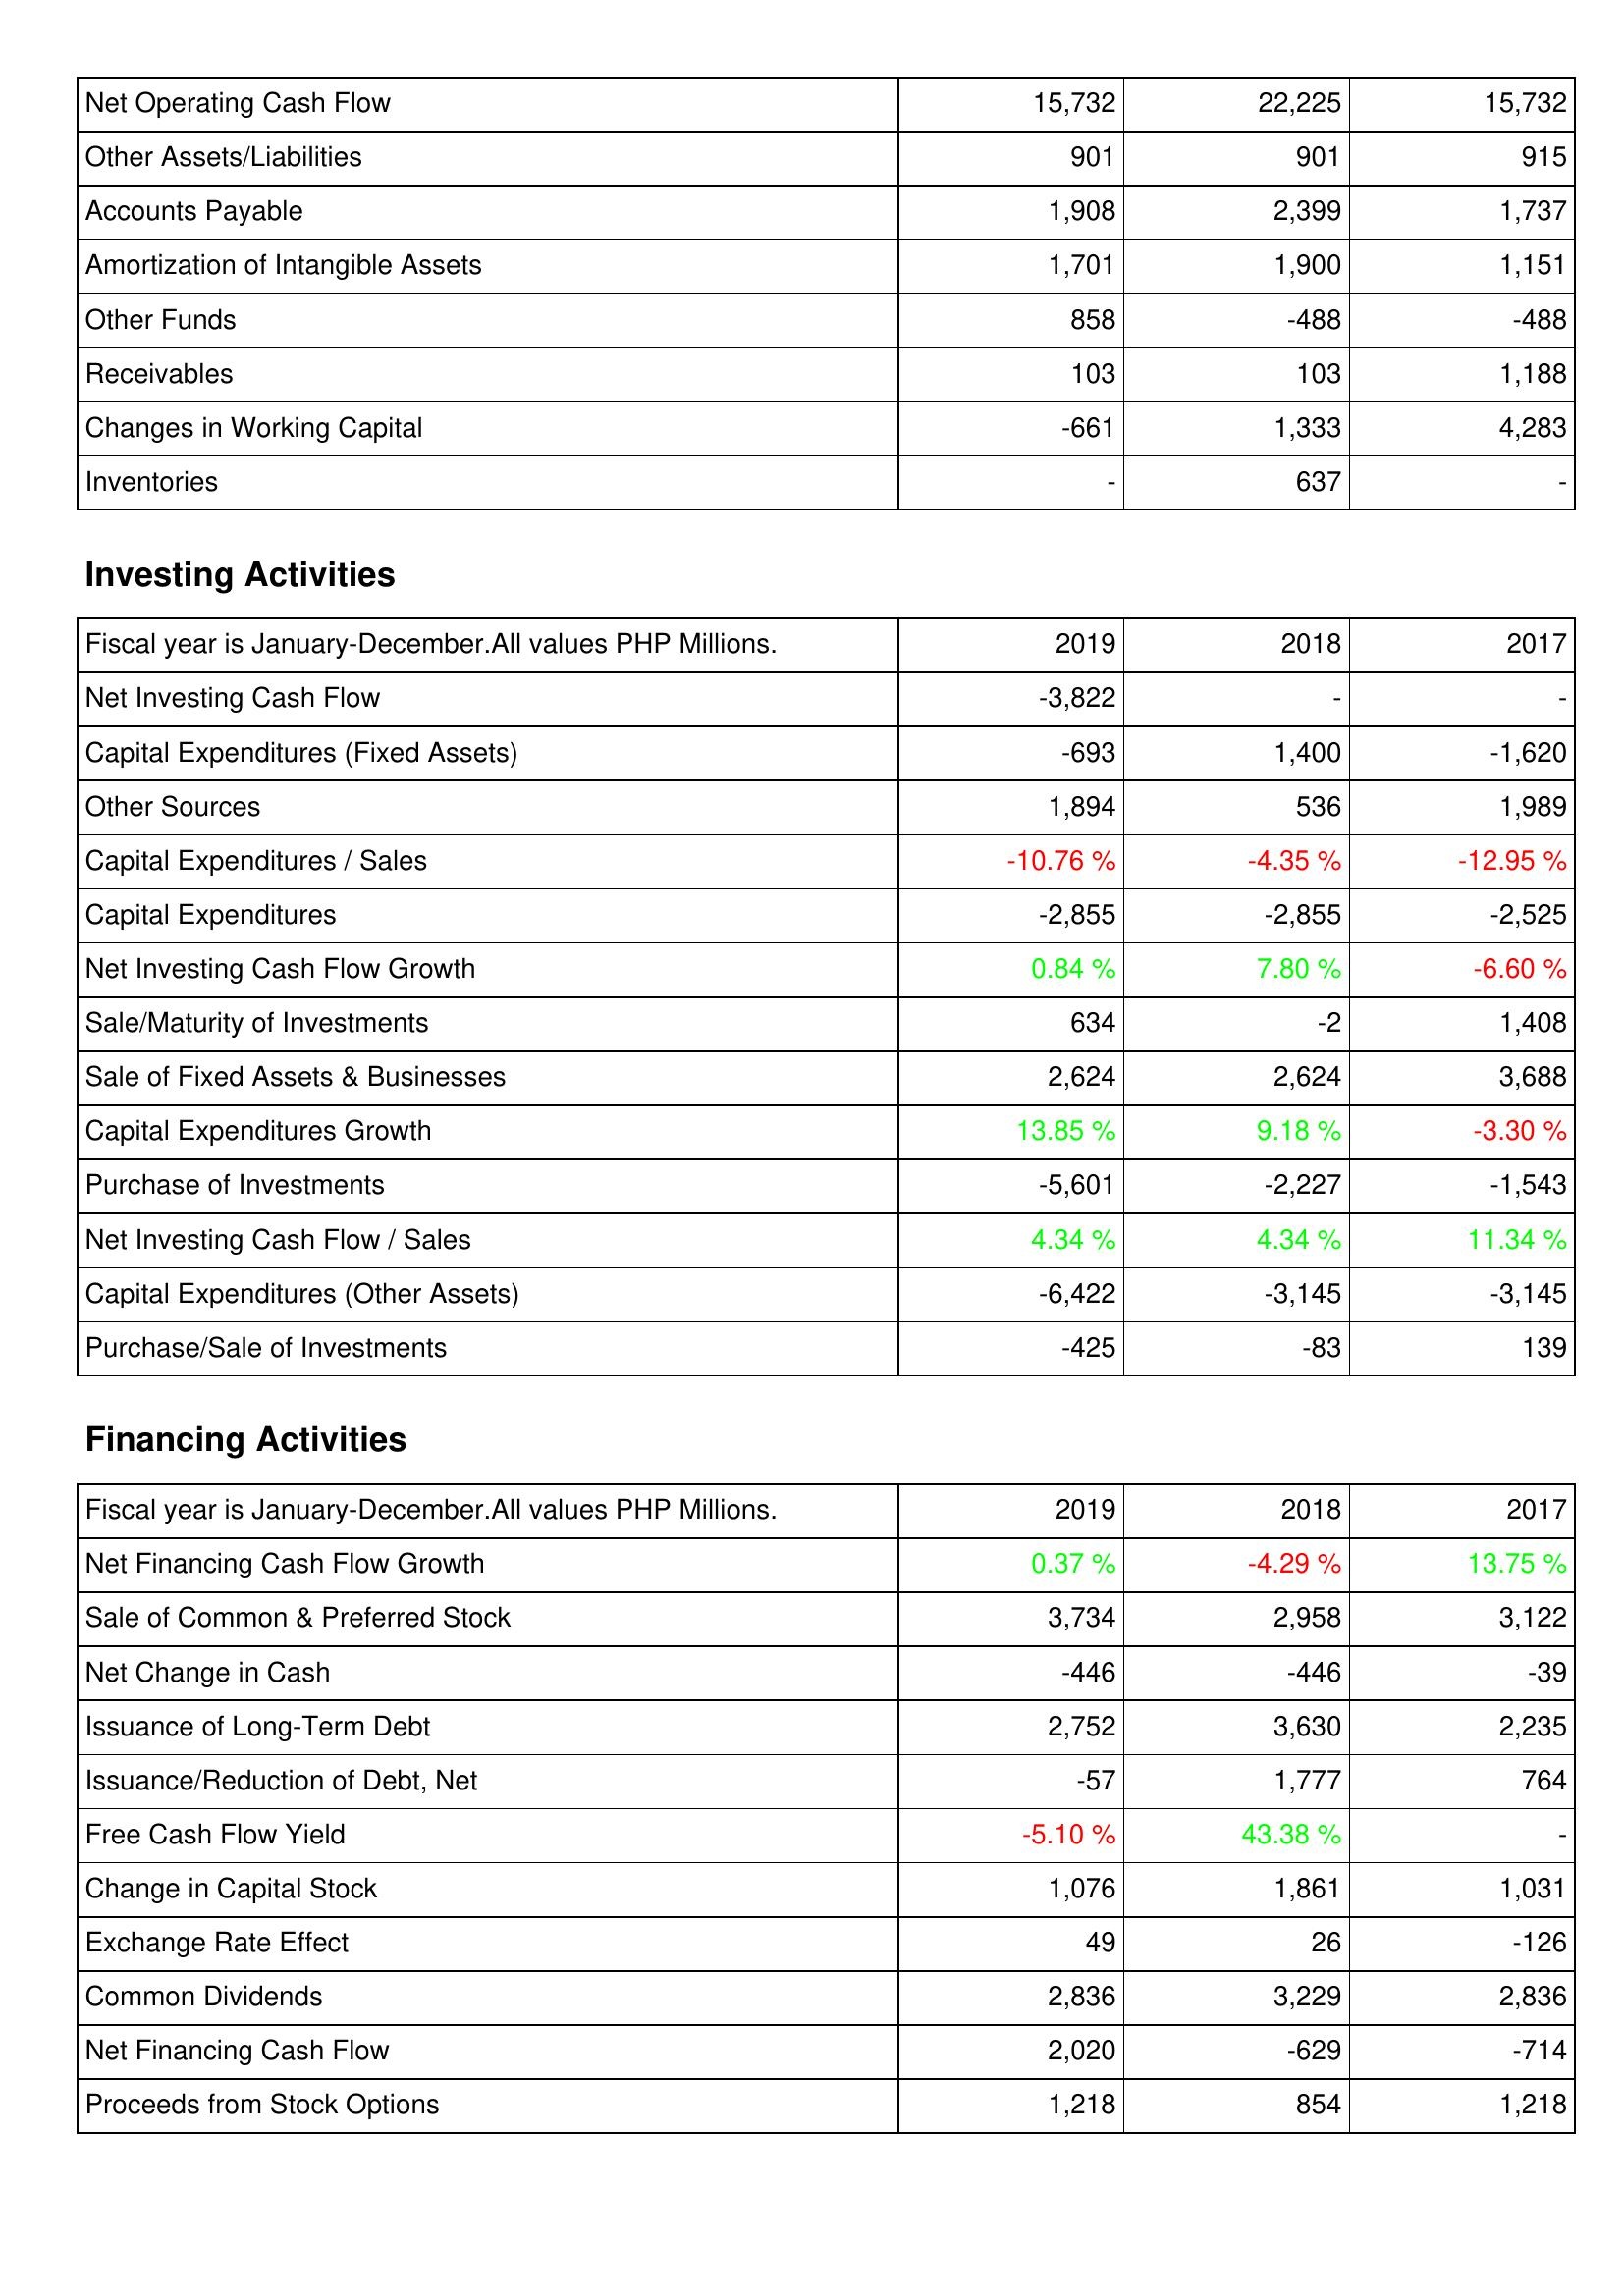
2019: Operating Activities: Net Operating Cash Flow: 15,732
Other Assets/Liabilities: 901
Accounts Payable: 1,908
Amortization of Intangible Assets: 1,701
Other Funds: 858
Receivables: 103
Changes in Working Capital: -661
Inventories: -
Investing Activities: Net Investing Cash Flow: -3,822
Capital Expenditures (Fixed Assets): -693
Other Sources: 1,894
Capital Expenditures / Sales: -10.76 %
Capital Expenditures: -2,855
Net Investing Cash Flow Growth: 0.84 %
Sale/Maturity of Investments: 634
Sale of Fixed Assets & Businesses: 2,624
Capital Expenditures Growth: 13.85 %
Purchase of Investments: -5,601
Net Investing Cash Flow / Sales: 4.34 %
Capital Expenditures (Other Assets): -6,422
Purchase/Sale of Investments: -425
Financing Activities: Net Financing Cash Flow Growth: 0.37 %
Sale of Common & Preferred Stock: 3,734
Net Change in Cash: -446
Issuance of Long-Term Debt: 2,752
Issuance/Reduction of Debt, Net: -57
Free Cash Flow Yield: -5.10 %
Change in Capital Stock: 1,076
Exchange Rate Effect: 49
Common Dividends: 2,836
Net Financing Cash Flow: 2,020
Proceeds from Stock Options: 1,218
2018: Operating Activities: Net Operating Cash Flow: 22,225
Other Assets/Liabilities: 901
Accounts Payable: 2,399
Amortization of Intangible Assets: 1,900
Other Funds: -488
Receivables: 103
Changes in Working Capital: 1,333
Inventories: 637
Investing Activities: Net Investing Cash Flow: -
Capital Expenditures (Fixed Assets): 1,400
Other Sources: 536
Capital Expenditures / Sales: -4.35 %
Capital Expenditures: -2,855
Net Investing Cash Flow Growth: 7.80 %
Sale/Maturity of Investments: -2
Sale of Fixed Assets & Businesses: 2,624
Capital Expenditures Growth: 9.18 %
Purchase of Investments: -2,227
Net Investing Cash Flow / Sales: 4.34 %
Capital Expenditures (Other Assets): -3,145
Purchase/Sale of Investments: -83
Financing Activities: Net Financing Cash Flow Growth: -4.29 %
Sale of Common & Preferred Stock: 2,958
Net Change in Cash: -446
Issuance of Long-Term Debt: 3,630
Issuance/Reduction of Debt, Net: 1,777
Free Cash Flow Yield: 43.38 %
Change in Capital Stock: 1,861
Exchange Rate Effect: 26
Common Dividends: 3,229
Net Financing Cash Flow: -629
Proceeds from Stock Options: 854
2017: Operating Activities: Net Operating Cash Flow: 15,732
Other Assets/Liabilities: 915
Accounts Payable: 1,737
Amortization of Intangible Assets: 1,151
Other Funds: -488
Receivables: 1,188
Changes in Working Capital: 4,283
Inventories: -
Investing Activities: Net Investing Cash Flow: -
Capital Expenditures (Fixed Assets): -1,620
Other Sources: 1,989
Capital Expenditures / Sales: -12.95 %
Capital Expenditures: -2,525
Net Investing Cash Flow Growth: -6.60 %
Sale/Maturity of Investments: 1,408
Sale of Fixed Assets & Businesses: 3,688
Capital Expenditures Growth: -3.30 %
Purchase of Investments: -1,543
Net Investing Cash Flow / Sales: 11.34 %
Capital Expenditures (Other Assets): -3,145
Purchase/Sale of Investments: 139
Financing Activities: Net Financing Cash Flow Growth: 13.75 %
Sale of Common & Preferred Stock: 3,122
Net Change in Cash: -39
Issuance of Long-Term Debt: 2,235
Issuance/Reduction of Debt, Net: 764
Free Cash Flow Yield: -
Change in Capital Stock: 1,031
Exchange Rate Effect: -126
Common Dividends: 2,836
Net Financing Cash Flow: -714
Proceeds from Stock Options: 1,218